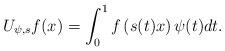
LaTeX: \begin{align*}U_{\psi,s}f(x)=\int_0^1f\left(s(t) x\right)\psi(t)dt.\end{align*}